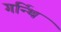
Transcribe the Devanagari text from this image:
गर्न्थि